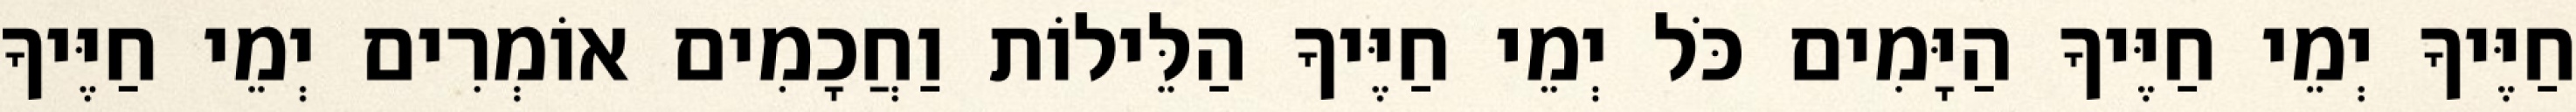
חַיֶּיךָ יְמֵי חַיֶּיךָ הַיָּמִים כֹּל יְמֵי חַיֶּיךָ הַלֵּילוֹת וַחֲכָמִים אוֹמְרִים יְמֵי חַיֶּיךָ